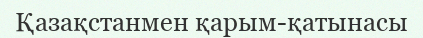
Қазақстанмен қарым-қатынасы